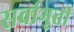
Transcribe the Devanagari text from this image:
सर्वाभूतीं